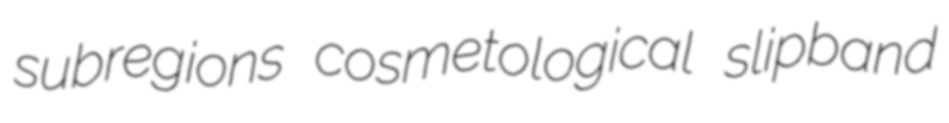
subregions cosmetological slipband